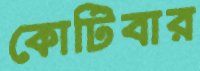
কোটিবার